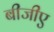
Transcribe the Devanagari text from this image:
बीजीए